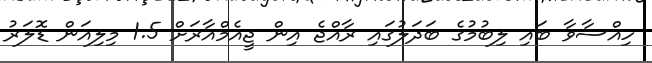
ހިއްސާވާ ބައި ލިބުމުގެ ބަދަލުގައި ރާއްޖެ އިން ޖީއެމްއާރަށް 1.5 މިލިއަން ޑޮލަރު